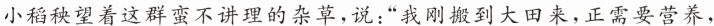
小稻秧望着这群蛮不讲理的杂草，说：”我刚搬到大田来，正需要营养，